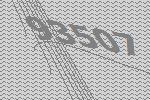
93507